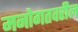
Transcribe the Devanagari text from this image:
मनोगतवरील